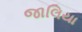
જાલિયા